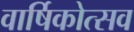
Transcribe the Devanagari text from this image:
वार्षिकोत्‍सव